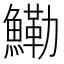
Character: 鰳